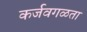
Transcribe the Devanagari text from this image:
कर्जवगळता